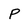
Character: P